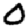
Digit: 0